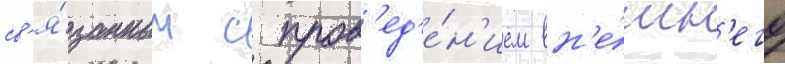
св'я́занным с пров'ед'е́н'ием вн'е́шн'его